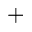
_ +